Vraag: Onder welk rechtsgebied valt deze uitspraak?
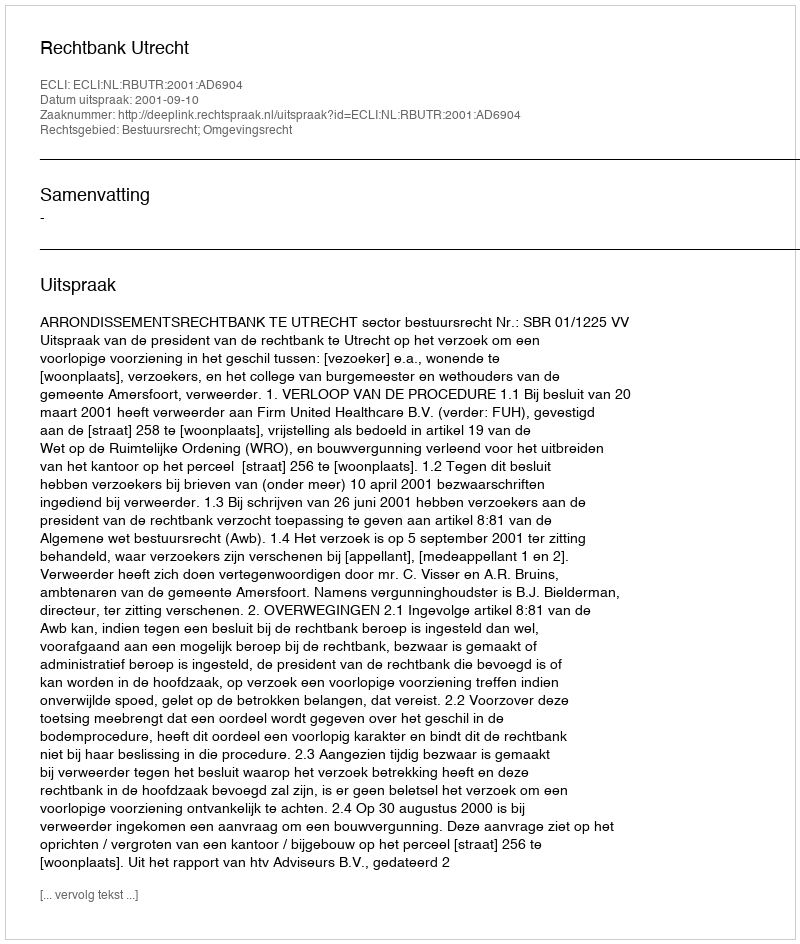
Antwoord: Bestuursrecht; Omgevingsrecht